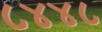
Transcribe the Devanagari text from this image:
८४४८